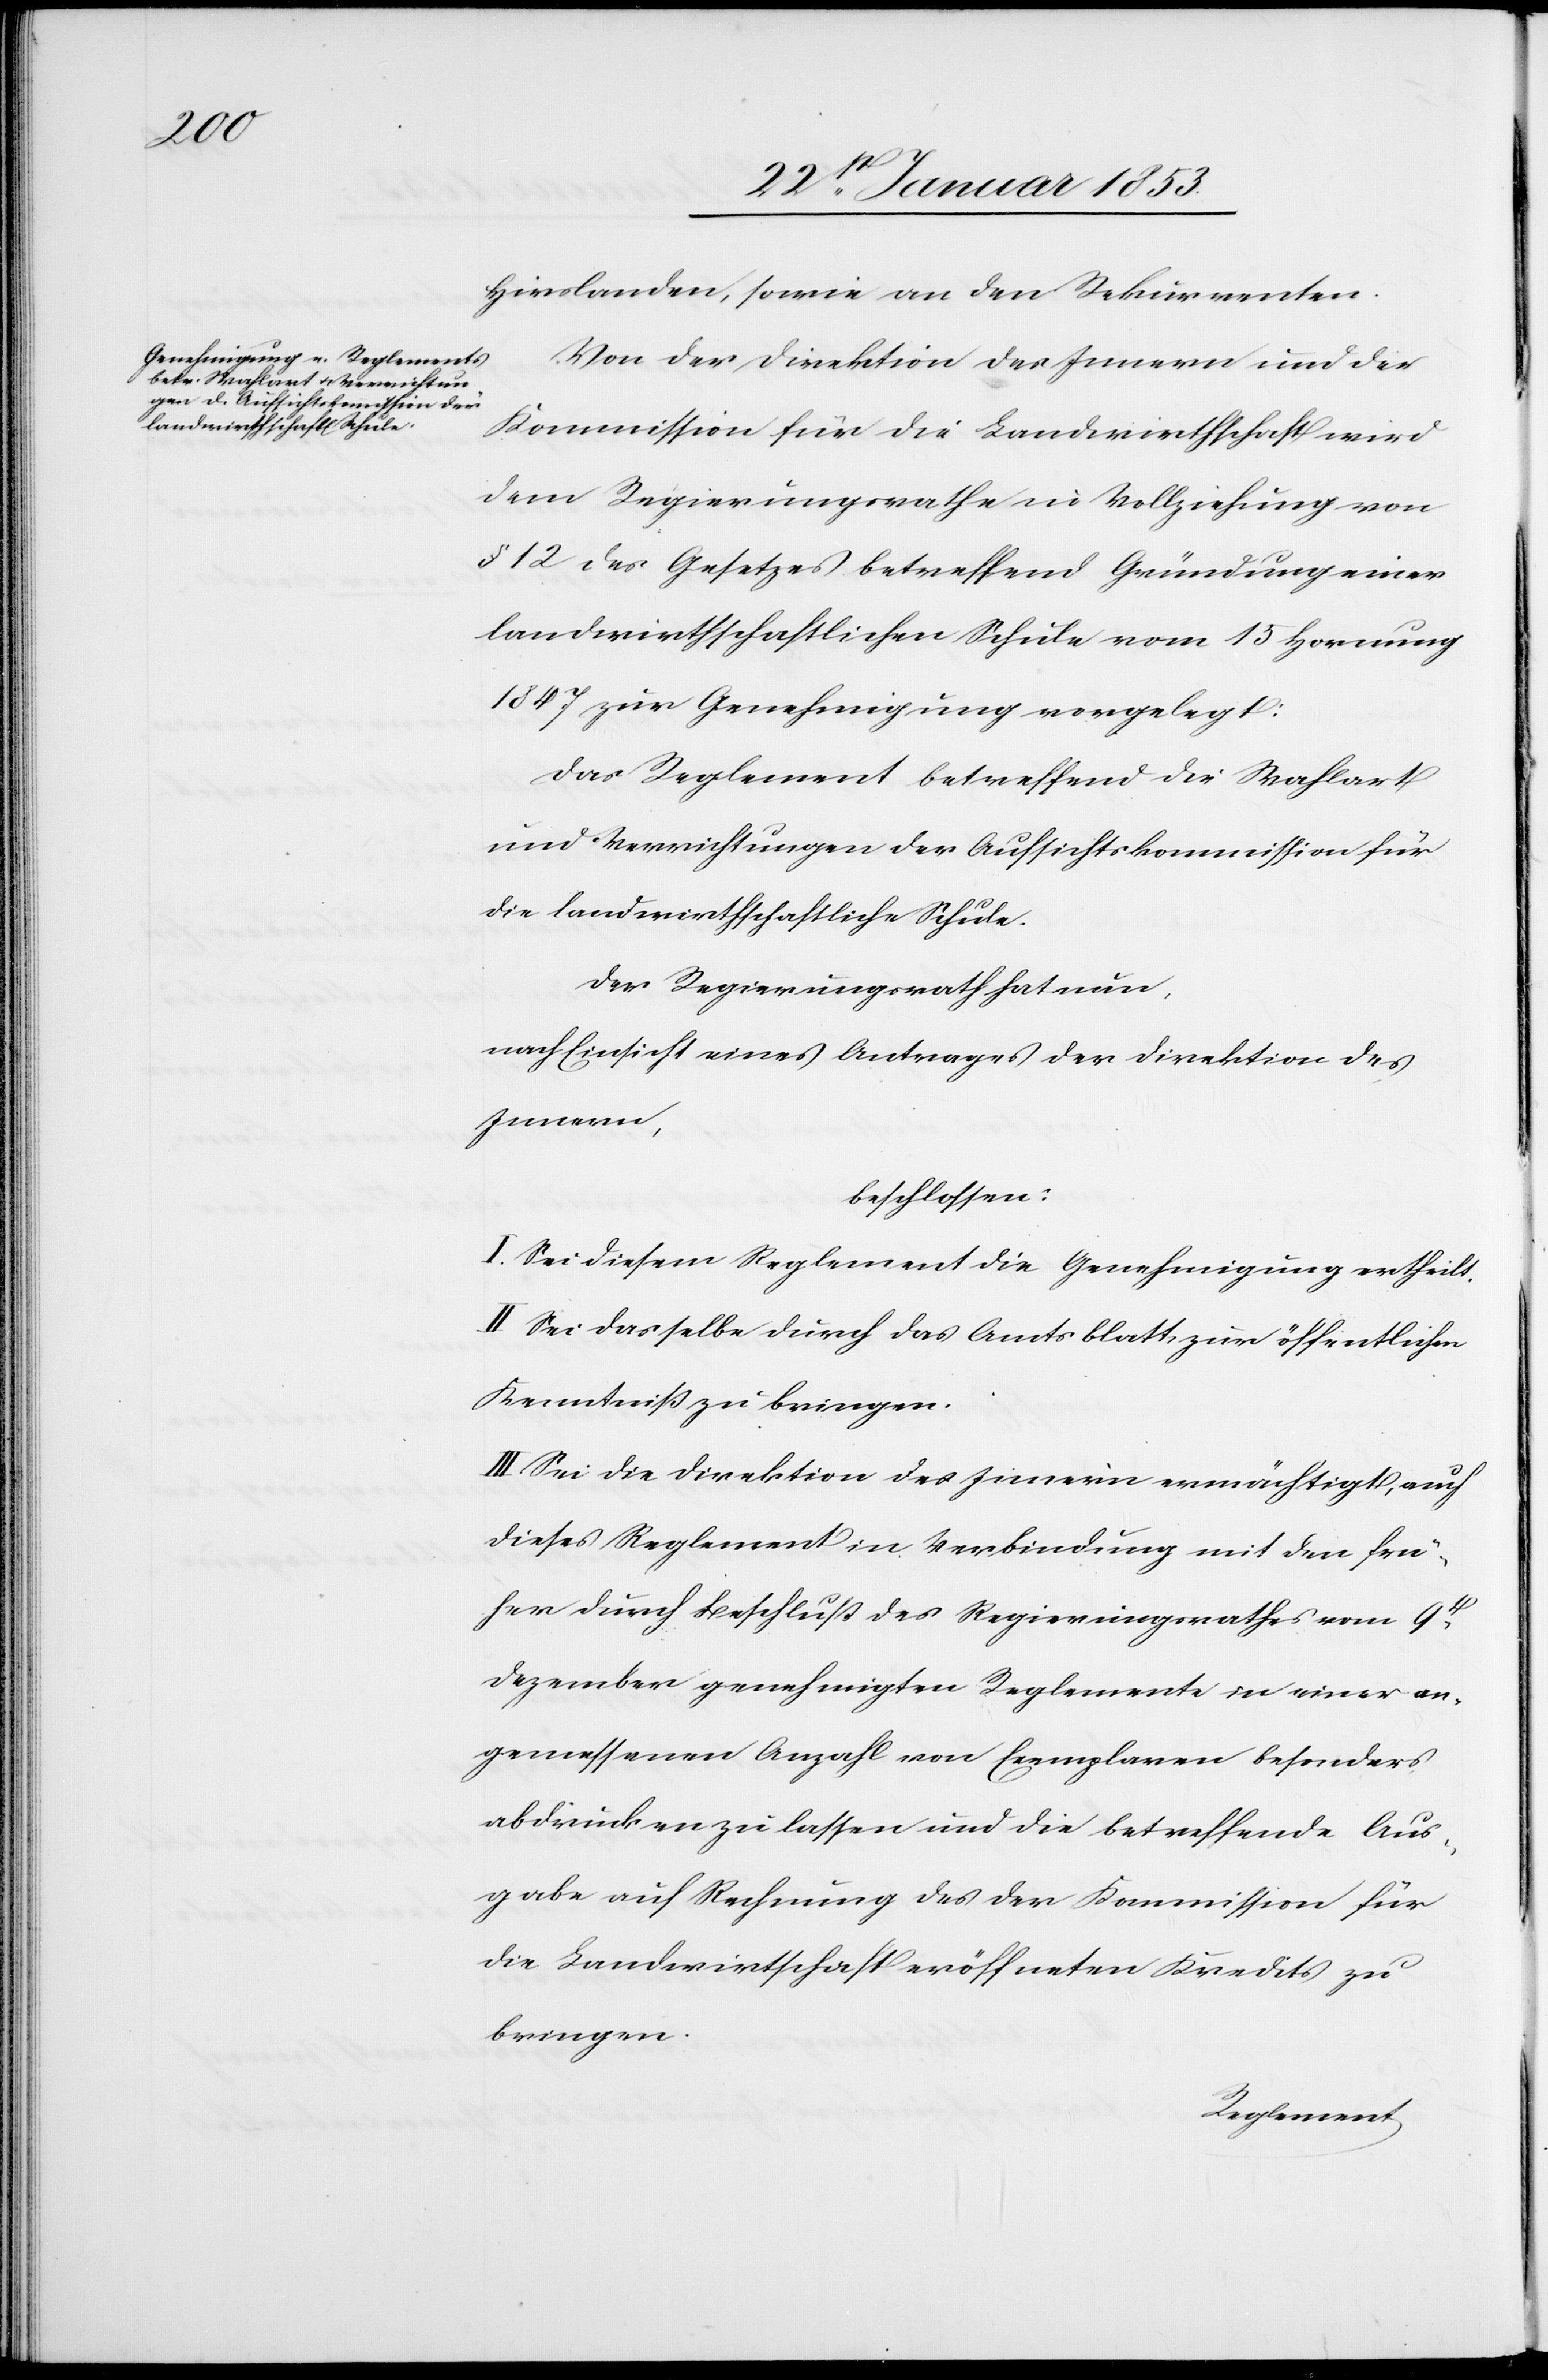
Hirslanden, sowie an den Rekurrenten.
Von der Direktion des Innern und der
Kommission für die Landwirthschaft wird
dem Regierungsrathe in Vollziehung von
§. 12 des Gesetzes betreffend Gründung einer
landwirthschaftlichen Schule vom 15 Hornung
1847 zur Genehmigung vorgelegt:
Das Reglement betreffend die Wahlart
und Verrichtungen der Aufsichtskommission für
die landwirthschaftliche Schule.
Der Regierungsrath hat nun
nach Einsicht eines Antrages der Direktion des
Innern,
beschlossen:
I. Sei diesem Reglement die Genehmigung ertheilt.
II. Sei dasselbe durch das Amtsblatt, zur öffentlichen
Kenntniß zu bringen.
III. Sei die Direktion des Innern ermächtigt, auch
dieses Reglement in Verbindung mit den frü¬
her durch Beschluß des Regierungsrathes vom 9t.
Dezember genehmigten Reglemente in einer an¬
gemessenen Anzahl von Exemplaren besonders
abdrucken zu lassen und die betreffende Aus¬
gabe auf Rechnung des der Kommission für
die Landwirthschaft eröffneten Kredits zu
bringen.